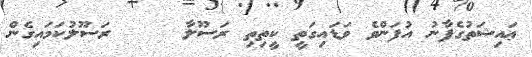
ޢައިޝަތުގެފާނު އުފަންވެ ވަޑައިގަތީ ކީތިތި ރަސޫލާ     ރަސޫލުކަމައިގެން